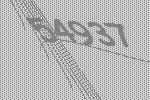
54937